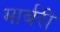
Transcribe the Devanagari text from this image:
मार्बरी